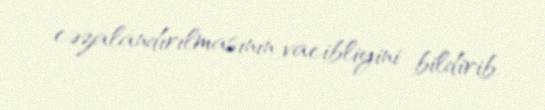
cəzalandırılmasının vacibliyini bildirib.